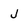
Character: j